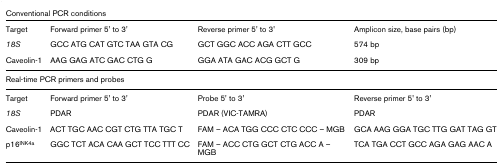
| <COLSPAN=4> Conventional PCR conditions |
 | --- | --- | --- | --- |
 | Target | Forward primer 5' to 3' | Reverse primer 5' to 3' | Amplicon size, base pairs (bp) |
 | 18S | GCC ATG CAT GTC TAA GTA CG | GCT GGC ACC AGA CTT GCC | 574 bp |
 | Caveolin-1 | AAG GAG ATC GAC CTG G | GGA ATA GAC ACG GCT G | 309 bp |
 | <COLSPAN=4> Real-time PCR primers and probes |
 | Target | Forward primer 5' to 3' | Probe 5' to 3' | Reverse primer 5' to 3' |
 | 18S | PDAR | PDAR (VIC-TAMRA) | PDAR |
 | Caveolin-1 | ACT TGC AAC CGT CTG TTA TGC T | FAM – ACA TGG CCC CTC CCC – MGB | GCA AAG GGA TGC TTG GAT TAG GT |
 | p16INK4a | GGC TCT ACA CAA GCT TCC TTT CC | FAM – ACC CTG GCT CTG ACC A – MGB | TCA TGA CCT GCC AGA GAG AAC A |